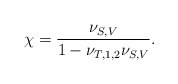
\begin{align*}\begin{aligned}\chi=\frac{\nu_{S,V}}{1-\nu_{T,1,2}\nu_{S,V} }.\end{aligned}\end{align*}